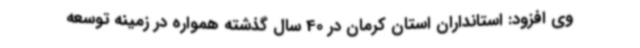
وی افزود: استانداران استان کرمان در 40 سال گذشته همواره در زمینه توسعه